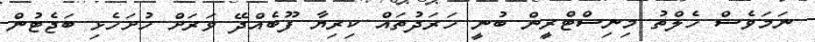
ނަމަވެސް ހެލްތު މިނިސްޓްރީން ބުނީ ހަރަދުތައް ކިރިޔާ ފޫބެއްދޭ ވަރަށް ހުށަހެޅި ބަޖެޓުން